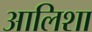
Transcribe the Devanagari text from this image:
आलिशा